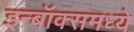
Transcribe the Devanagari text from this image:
इन्बॉक्समध्ये